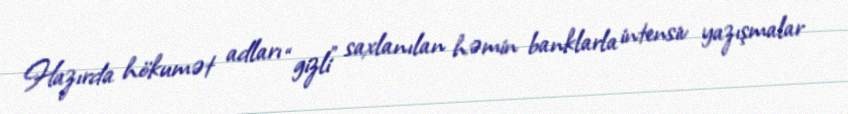
Hazırda hökumət adları “gizli” saxlanılan həmin banklarla intensiv yazışmalar